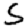
Digit: 5